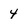
Character: 4